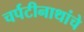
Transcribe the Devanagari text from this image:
चर्पटीनाथांचे